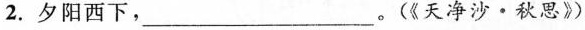
2.夕阳西下，___。(《天净沙·秋思》)